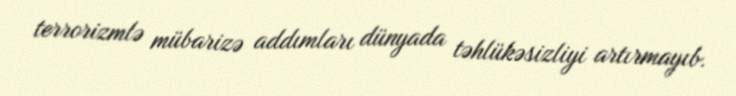
terrorizmlə mübarizə addımları dünyada təhlükəsizliyi artırmayıb.